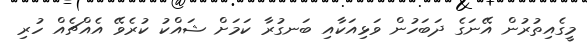
މީގެއިތުރުން އޭނަގެ ދަބަހުން ވަޅިއަކާއި ބަނގުރާ ކަމަށް ޝައްކު ކުރެވޭ އެއްޗެއް ހުރި